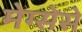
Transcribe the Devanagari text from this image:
मेग्सेसे